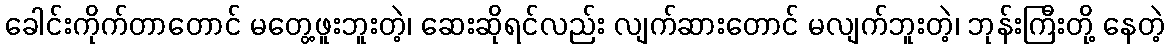
ခေါင်းကိုက်တာတောင် မတွေ့ဖူးဘူးတဲ့၊ ဆေးဆိုရင်လည်း လျက်ဆားတောင် မလျက်ဘူးတဲ့၊ ဘုန်းကြီးတို့ နေတဲ့